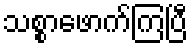
သစ္စာဖောက်ကြပြီ